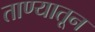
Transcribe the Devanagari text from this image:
ताण्यातून